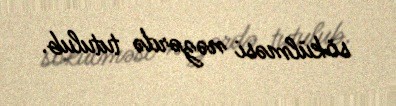
sökülməsi nəzərdə tutulub.